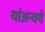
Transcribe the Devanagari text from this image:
यांअन्वये